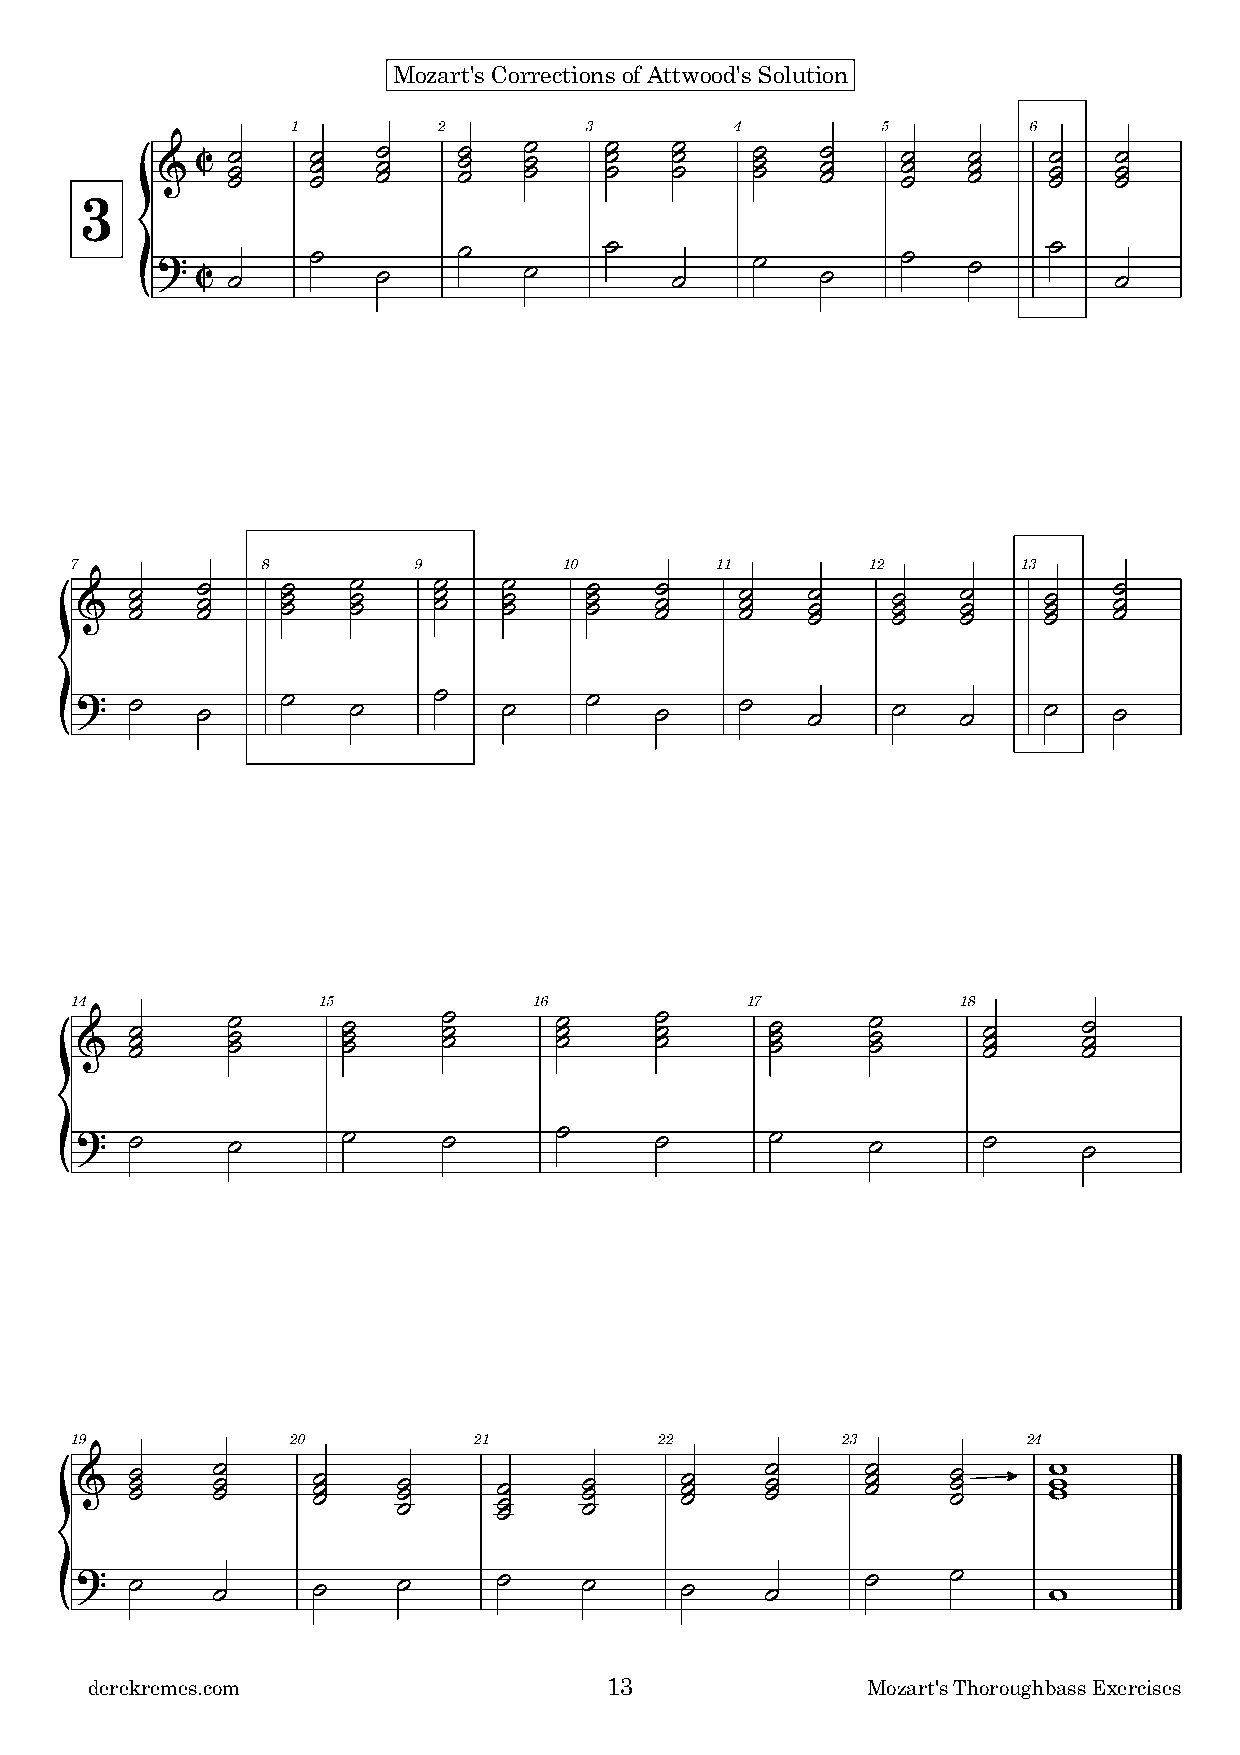
Mozart's Corrections of Attwood's Solution
 1         2         3         4        5         6
 &
 C ˙˙˙   ˙˙˙ ˙˙˙  ˙˙˙  ˙ ˙
 ˙
 ˙ ˙
 ˙
 ˙ ˙
 ˙
 ˙ ˙
 ˙
 ˙˙˙   ˙˙˙ ˙˙˙  ˙˙˙  ˙˙˙
 3
 { ? C ˙     ˙   ˙    ˙    ˙    ˙   ˙     ˙   ˙     ˙   ˙    ˙    ˙
 7           8         9         10        11        12         13
 &   ˙˙˙ ˙˙˙   ˙ ˙ ˙ ˙ ˙ ˙ ˙ ˙ ˙ ˙ ˙ ˙ ˙ ˙ ˙ ˙˙˙ ˙˙˙ ˙˙˙ ˙˙˙ ˙˙˙ ˙˙˙  ˙˙˙
 { ?  ˙   ˙     ˙   ˙     ˙   ˙     ˙   ˙     ˙   ˙     ˙    ˙    ˙    ˙
 14              15            16            17             18
 &   ˙˙˙   ˙ ˙ ˙   ˙ ˙ ˙ ˙ ˙ ˙   ˙ ˙ ˙ ˙ ˙ ˙   ˙ ˙ ˙ ˙ ˙ ˙   ˙˙˙    ˙˙˙
 ?   ˙     ˙       ˙     ˙       ˙     ˙       ˙     ˙       ˙      ˙
 {
 19            20          21           22          23          24
 &   ˙˙˙  ˙˙˙    ˙˙˙  ˙˙˙    ˙˙˙  ˙˙˙    ˙˙˙   ˙˙˙   ˙˙˙   ˙˙˙   www
 { ?  ˙    ˙      ˙    ˙      ˙    ˙      ˙     ˙     ˙     ˙     w
 derekremes.com                    13               Mozart's Thoroughbass Exercises